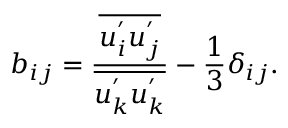
b _ { i j } = \frac { \overline { { u _ { i } ^ { ' } u _ { j } ^ { ' } } } } { \overline { { u _ { k } ^ { ' } u _ { k } ^ { ' } } } } - \frac { 1 } { 3 } \delta _ { i j } .